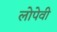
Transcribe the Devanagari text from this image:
लोपेवी